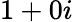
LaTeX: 1+0i